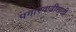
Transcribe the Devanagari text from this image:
पगारवाढीसाठी